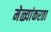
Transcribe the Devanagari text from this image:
मेळ्यांकरता